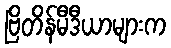
ဗြိတိန်မီဒီယာများက